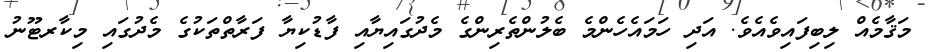
މަޤާމެއް ލިބިފައިވެއެވެ. އަދި ހަމައެހެންމެ ބެލުންތެރިންގެ މެދުގައިޔާއި ފާޑުކިޔާ ފަރާތްތަކުގެ މެދުގައި މިކާރޓޫނު